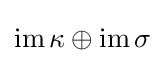
\operatorname {im} \kappa \oplus \operatorname {im} \sigma